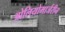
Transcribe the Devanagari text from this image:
ओलियोमार्जरीन